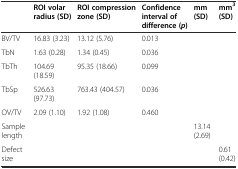
<table><thead><tr><td></td><td><b>ROI volar radius (SD)</b></td><td><b>ROI compression zone (SD)</b></td><td><b>Confidence interval of difference (<i>p</i>)</b></td><td><b>mm (SD)</b></td><td><b>mm<sup>3</sup>(SD)</b></td></tr></thead><tbody><tr><td>BV/TV</td><td>16.83 (3.23)</td><td>13.12 (5.76)</td><td>0.013</td><td></td><td></td></tr><tr><td>TbN</td><td>1.63 (0.28)</td><td>1.34 (0.45)</td><td>0.036</td><td></td><td></td></tr><tr><td>TbTh</td><td>104.69 (18.59)</td><td>95.35 (18.66)</td><td>0.099</td><td></td><td></td></tr><tr><td>TbSp</td><td>526.63 (97.73)</td><td>763.43 (404.57)</td><td>0.036</td><td></td><td></td></tr><tr><td>OV/TV</td><td>2.09 (1.10)</td><td>1.92 (1.08)</td><td>0.460</td><td></td><td></td></tr><tr><td>Sample length</td><td></td><td></td><td></td><td>13.14 (2.69)</td><td></td></tr><tr><td>Defect size</td><td></td><td></td><td></td><td></td><td>0.61 (0.42)</td></tr></tbody></table>